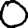
Digit: 0